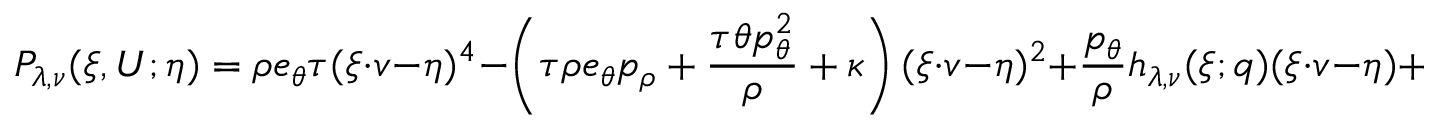
P _ { \lambda , \nu } ( \xi , U ; \eta ) = \rho e _ { \theta } \tau ( \xi \cdot v - \eta ) ^ { 4 } - \left( \tau \rho e _ { \theta } p _ { \rho } + \frac { \tau \theta p _ { \theta } ^ { 2 } } { \rho } + \kappa \right) ( \xi \cdot v - \eta ) ^ { 2 } + \frac { p _ { \theta } } { \rho } h _ { \lambda , \nu } ( \xi ; q ) ( \xi \cdot v - \eta ) + \kappa p _ { \rho }